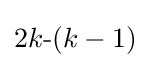
2k{\text{-}}(k-1)